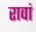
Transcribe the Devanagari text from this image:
रावां